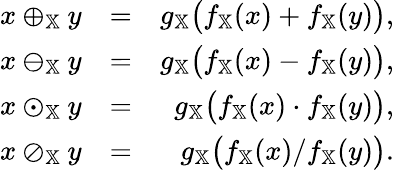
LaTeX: \begin{array}{rlr}{x\oplus_{\mathbb{X}}y}&{=}&{g_{\mathbb{X}}\big(f_{\mathbb{X}}(x)+f_{\mathbb{X}}(y)\big),}\\ {x\ominus_{\mathbb{X}}y}&{=}&{g_{\mathbb{X}}\big(f_{\mathbb{X}}(x)-f_{\mathbb{X}}(y)\big),}\\ {x\odot_{\mathbb{X}}y}&{=}&{g_{\mathbb{X}}\big(f_{\mathbb{X}}(x)\cdot f_{\mathbb{X}}(y)\big),}\\ {x\oslash_{\mathbb{X}}y}&{=}&{g_{\mathbb{X}}\big(f_{\mathbb{X}}(x)/f_{\mathbb{X}}(y)\big).}\end{array}